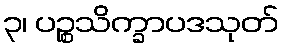
၃၊ ပဉ္စသိက္ခာပဒသုတ်